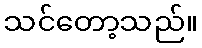
သင်တော့သည်။